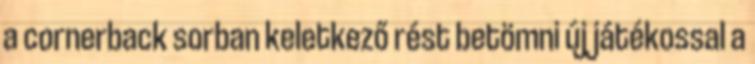
a cornerback sorban keletkező rést betömni új játékossal a